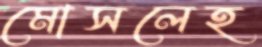
মোসলেহ